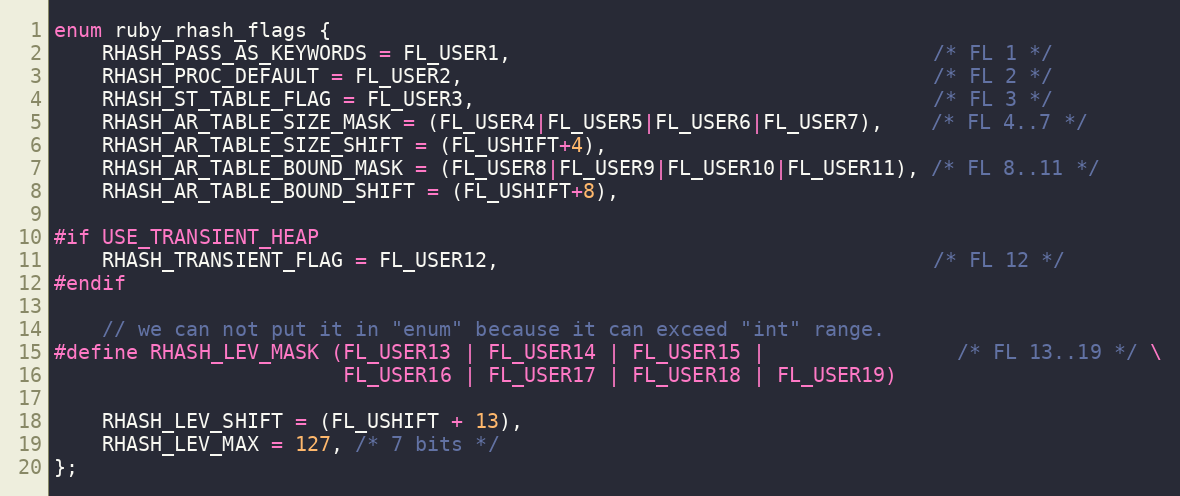
Language: C
enum ruby_rhash_flags {
    RHASH_PASS_AS_KEYWORDS = FL_USER1,                                   /* FL 1 */
    RHASH_PROC_DEFAULT = FL_USER2,                                       /* FL 2 */
    RHASH_ST_TABLE_FLAG = FL_USER3,                                      /* FL 3 */
    RHASH_AR_TABLE_SIZE_MASK = (FL_USER4|FL_USER5|FL_USER6|FL_USER7),    /* FL 4..7 */
    RHASH_AR_TABLE_SIZE_SHIFT = (FL_USHIFT+4),
    RHASH_AR_TABLE_BOUND_MASK = (FL_USER8|FL_USER9|FL_USER10|FL_USER11), /* FL 8..11 */
    RHASH_AR_TABLE_BOUND_SHIFT = (FL_USHIFT+8),

#if USE_TRANSIENT_HEAP
    RHASH_TRANSIENT_FLAG = FL_USER12,                                    /* FL 12 */
#endif

    // we can not put it in "enum" because it can exceed "int" range.
#define RHASH_LEV_MASK (FL_USER13 | FL_USER14 | FL_USER15 |                /* FL 13..19 */ \
                        FL_USER16 | FL_USER17 | FL_USER18 | FL_USER19)

    RHASH_LEV_SHIFT = (FL_USHIFT + 13),
    RHASH_LEV_MAX = 127, /* 7 bits */
};